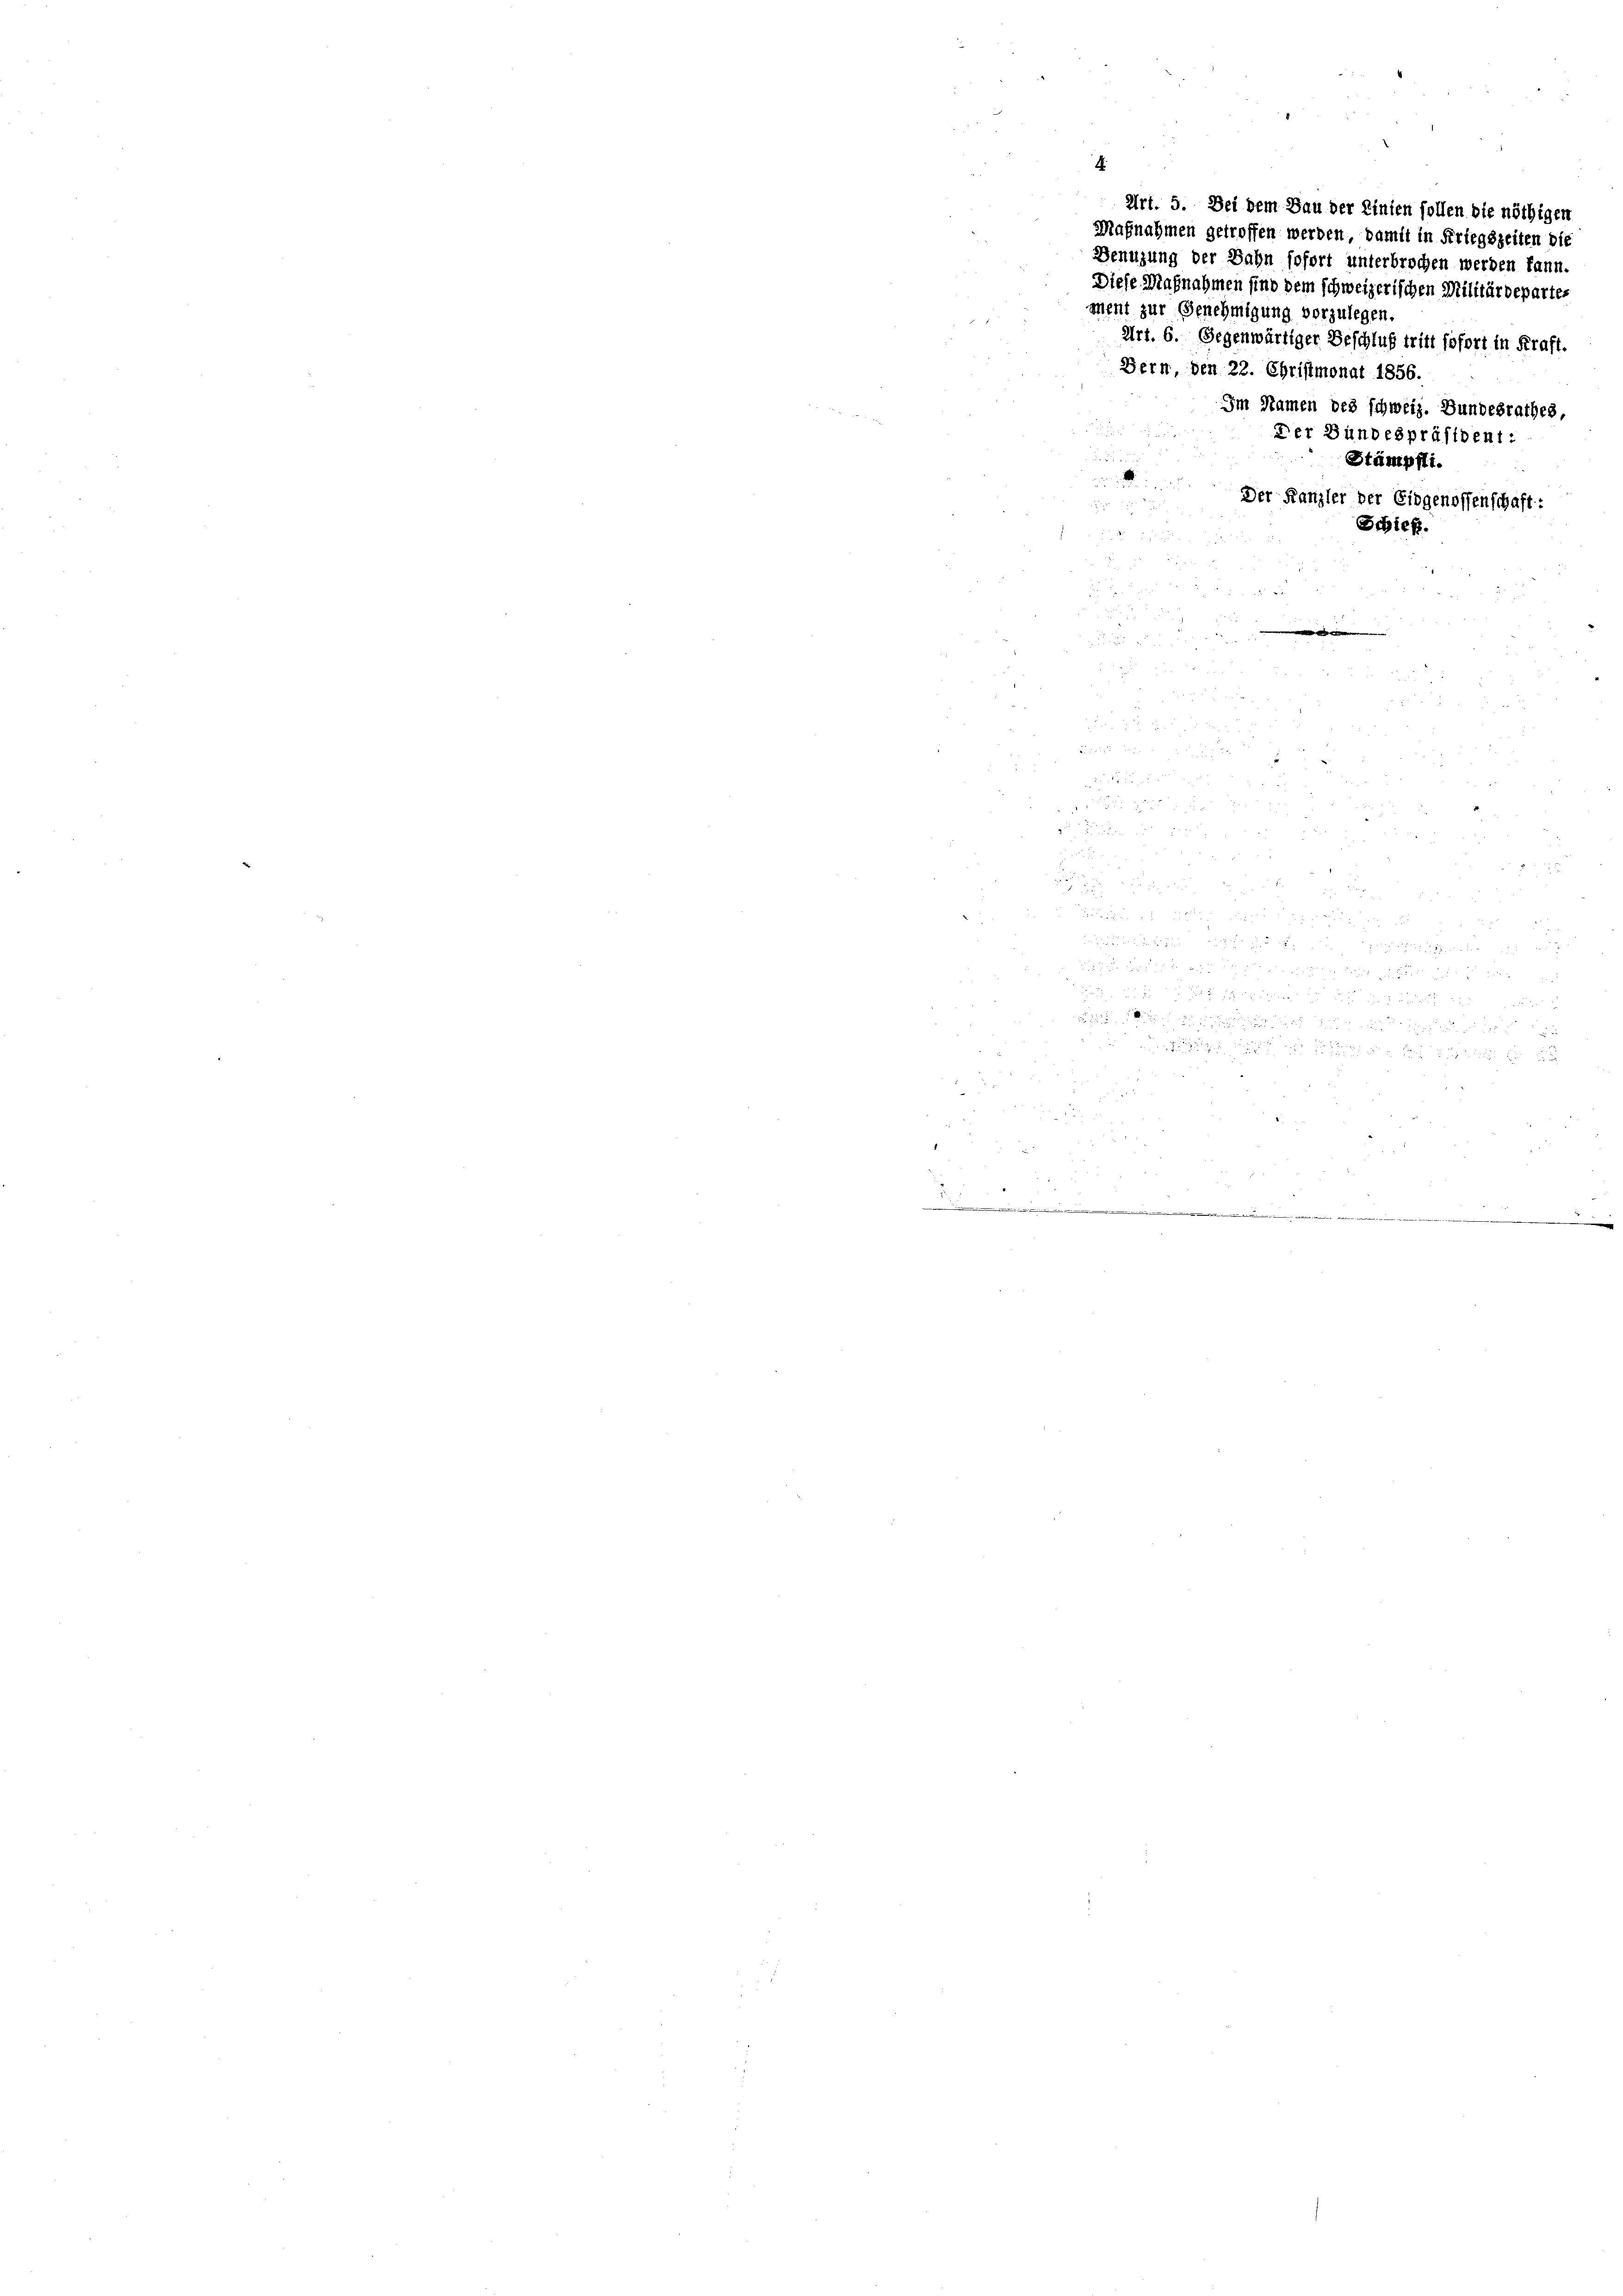
Art. 5. Bei dem Bau der Linien sollen die nöthigen
Magnahmen getroffen werden, damit in Kriegszeiten die
Benuzung der Bahn sofort unterbrochen werden kann.
Diese Magnahmen sind dem schweizerischen Militärdepartes
ment zur Genehmigung vorzulegen.
Art. 6. Gegenwärtiger Beschluß tritt sofort in Kraft.
Bern den 22. Christmonat 1856.
u
Stämpfti.

,
x

3
x

Im Namen des schweiz. Bundesrathes,
Der Bundespräsident:

x
¬
2 x

          1
 ich gegen ein

.
e
¬

Der Franzler der Eidgenossenschaft:
Schief.